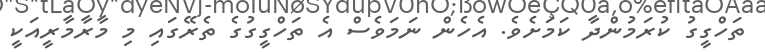
ތަހްގީގު ކުރަމުންދާ ކަމަށެވެ. އެހެން ނަމަވެސް އެ ތަހްގީގުގެ ތެރޭގައި މި މާރާމާރީއަކީ